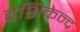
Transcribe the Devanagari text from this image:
देशिकेन्द्र